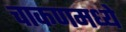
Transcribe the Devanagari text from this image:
चाकणमध्ये